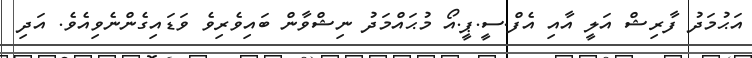
އަޙުމަދު ފާރިޝް އަލީ އާއި އެފް.ސީ.ޕީ.އޯ މުޙައްމަދު ނިޝްވާން ބައިވެރިވެ ވަޑައިގެންނެވިއެވެ. އަދި